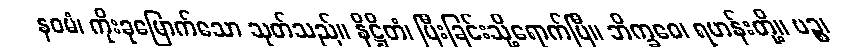
နဝမံ၊ ကိုးခုမြောက်သော သုတ်သည်။ နိဋ္ဌိတံ၊ ပြီးခြင်းသို့ရောက်ပြီ။ ဘိက္ခဝေ၊ ရဟန်းတို့။ ပဉ္စ၊